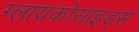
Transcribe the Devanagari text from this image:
ग्लायकोसाइड्‌स